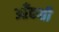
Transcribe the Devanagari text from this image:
आँकती